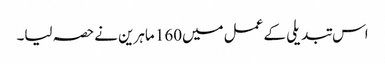
اس تبدیلی کے عمل میں160 ماہرین نےحصہ لیا۔